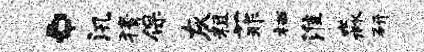
。汛猜保灰粗菲栖淮淼研